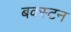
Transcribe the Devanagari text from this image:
बक्स्टन